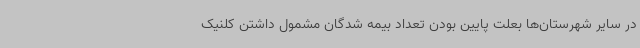
در سایر شهرستان‌ها بعلت پایین بودن تعداد بیمه شدگان مشمول داشتن کلنیک